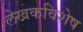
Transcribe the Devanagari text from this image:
लेखकविशेष